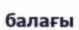
балағы